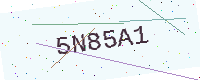
Text: 5N85A1